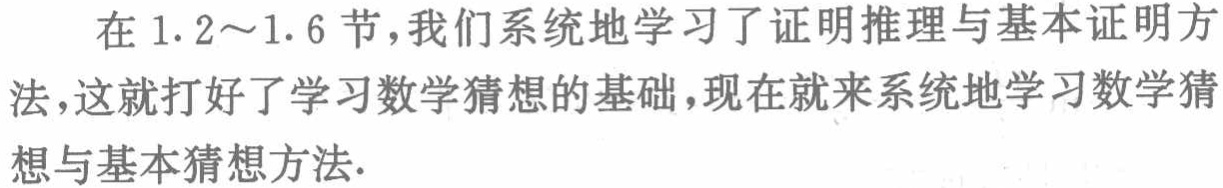
在1.2～1.6节，我们系统地学习了证明推理与基本证明方法，这就打好了学习数学猜想的基础，现在就来系统地学习数学猜想与基本猜想方法.